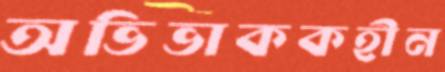
অভিভাককহীন